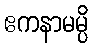
ဧကနာမမ္ပိ